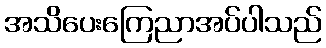
အသိပေးကြေညာအပ်ပါသည်